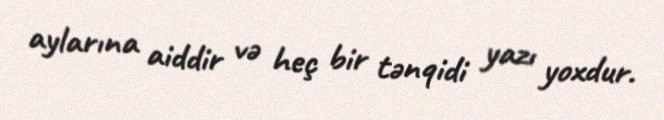
aylarına aiddir və heç bir tənqidi yazı yoxdur.